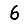
Digit: 6